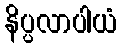
နိပ္ပလာပါယံ